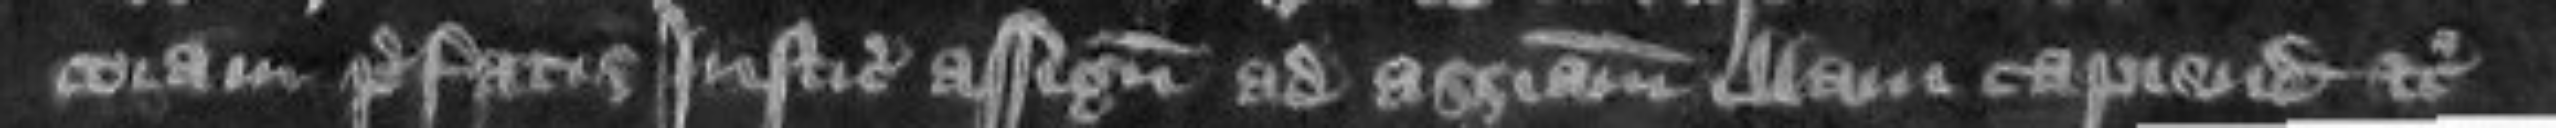
coram prefatis justiciis assignatis ad assisam illam capiendam etc.